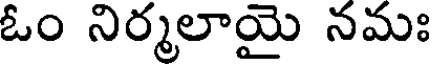
ఓం నిర్మలాయై నమః